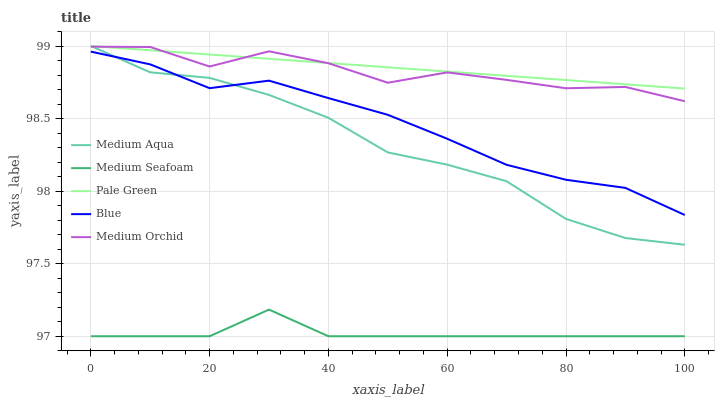
| xaxis_label | Medium Aqua | Medium Seafoam | Pale Green | Blue | Medium Orchid |
 | --- | --- | --- | --- | --- | --- |
 | 0 | 99 | 97 | 99 | 99 | 99 |
 | 10 | 98.8 | 97 | 99 | 98.9 | 99 |
 | 20 | 98.8 | 97 | 98.9 | 98.7 | 98.9 |
 | 30 | 98.7 | 97.2 | 98.9 | 98.8 | 99 |
 | 40 | 98.5 | 97 | 98.9 | 98.6 | 98.9 |
 | 50 | 98.3 | 97 | 98.9 | 98.5 | 98.7 |
 | 60 | 98.2 | 97 | 98.8 | 98.4 | 98.8 |
 | 70 | 98.1 | 97 | 98.8 | 98.2 | 98.8 |
 | 80 | 97.8 | 97 | 98.8 | 98.1 | 98.7 |
 | 90 | 97.7 | 97 | 98.7 | 98 | 98.7 |
 | 100 | 97.6 | 97 | 98.7 | 97.8 | 98.6 |